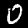
Digit: 0